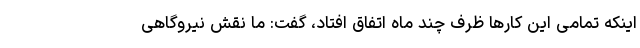
اینکه تمامی این کارها ظرف چند ماه اتفاق افتاد، گفت: ما نقش نیروگاهی